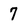
Character: 7